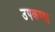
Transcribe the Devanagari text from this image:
उपकप्ता